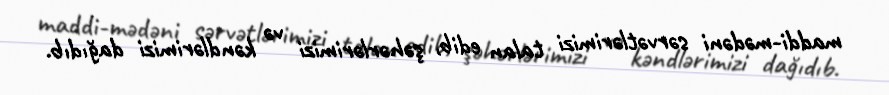
maddi-mədəni sərvətlərimizi talan edib, şəhərlərimizi və kəndlərimizi dağıdıb.